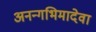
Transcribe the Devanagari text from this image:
अनन्गभिमादेवा